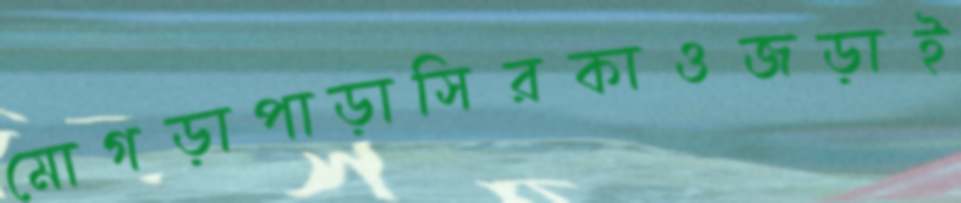
মোগড়াপাড়াসিরকাওজড়াই